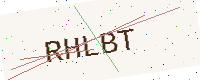
Text: RHLBT